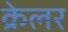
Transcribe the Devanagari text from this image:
क्रेलर